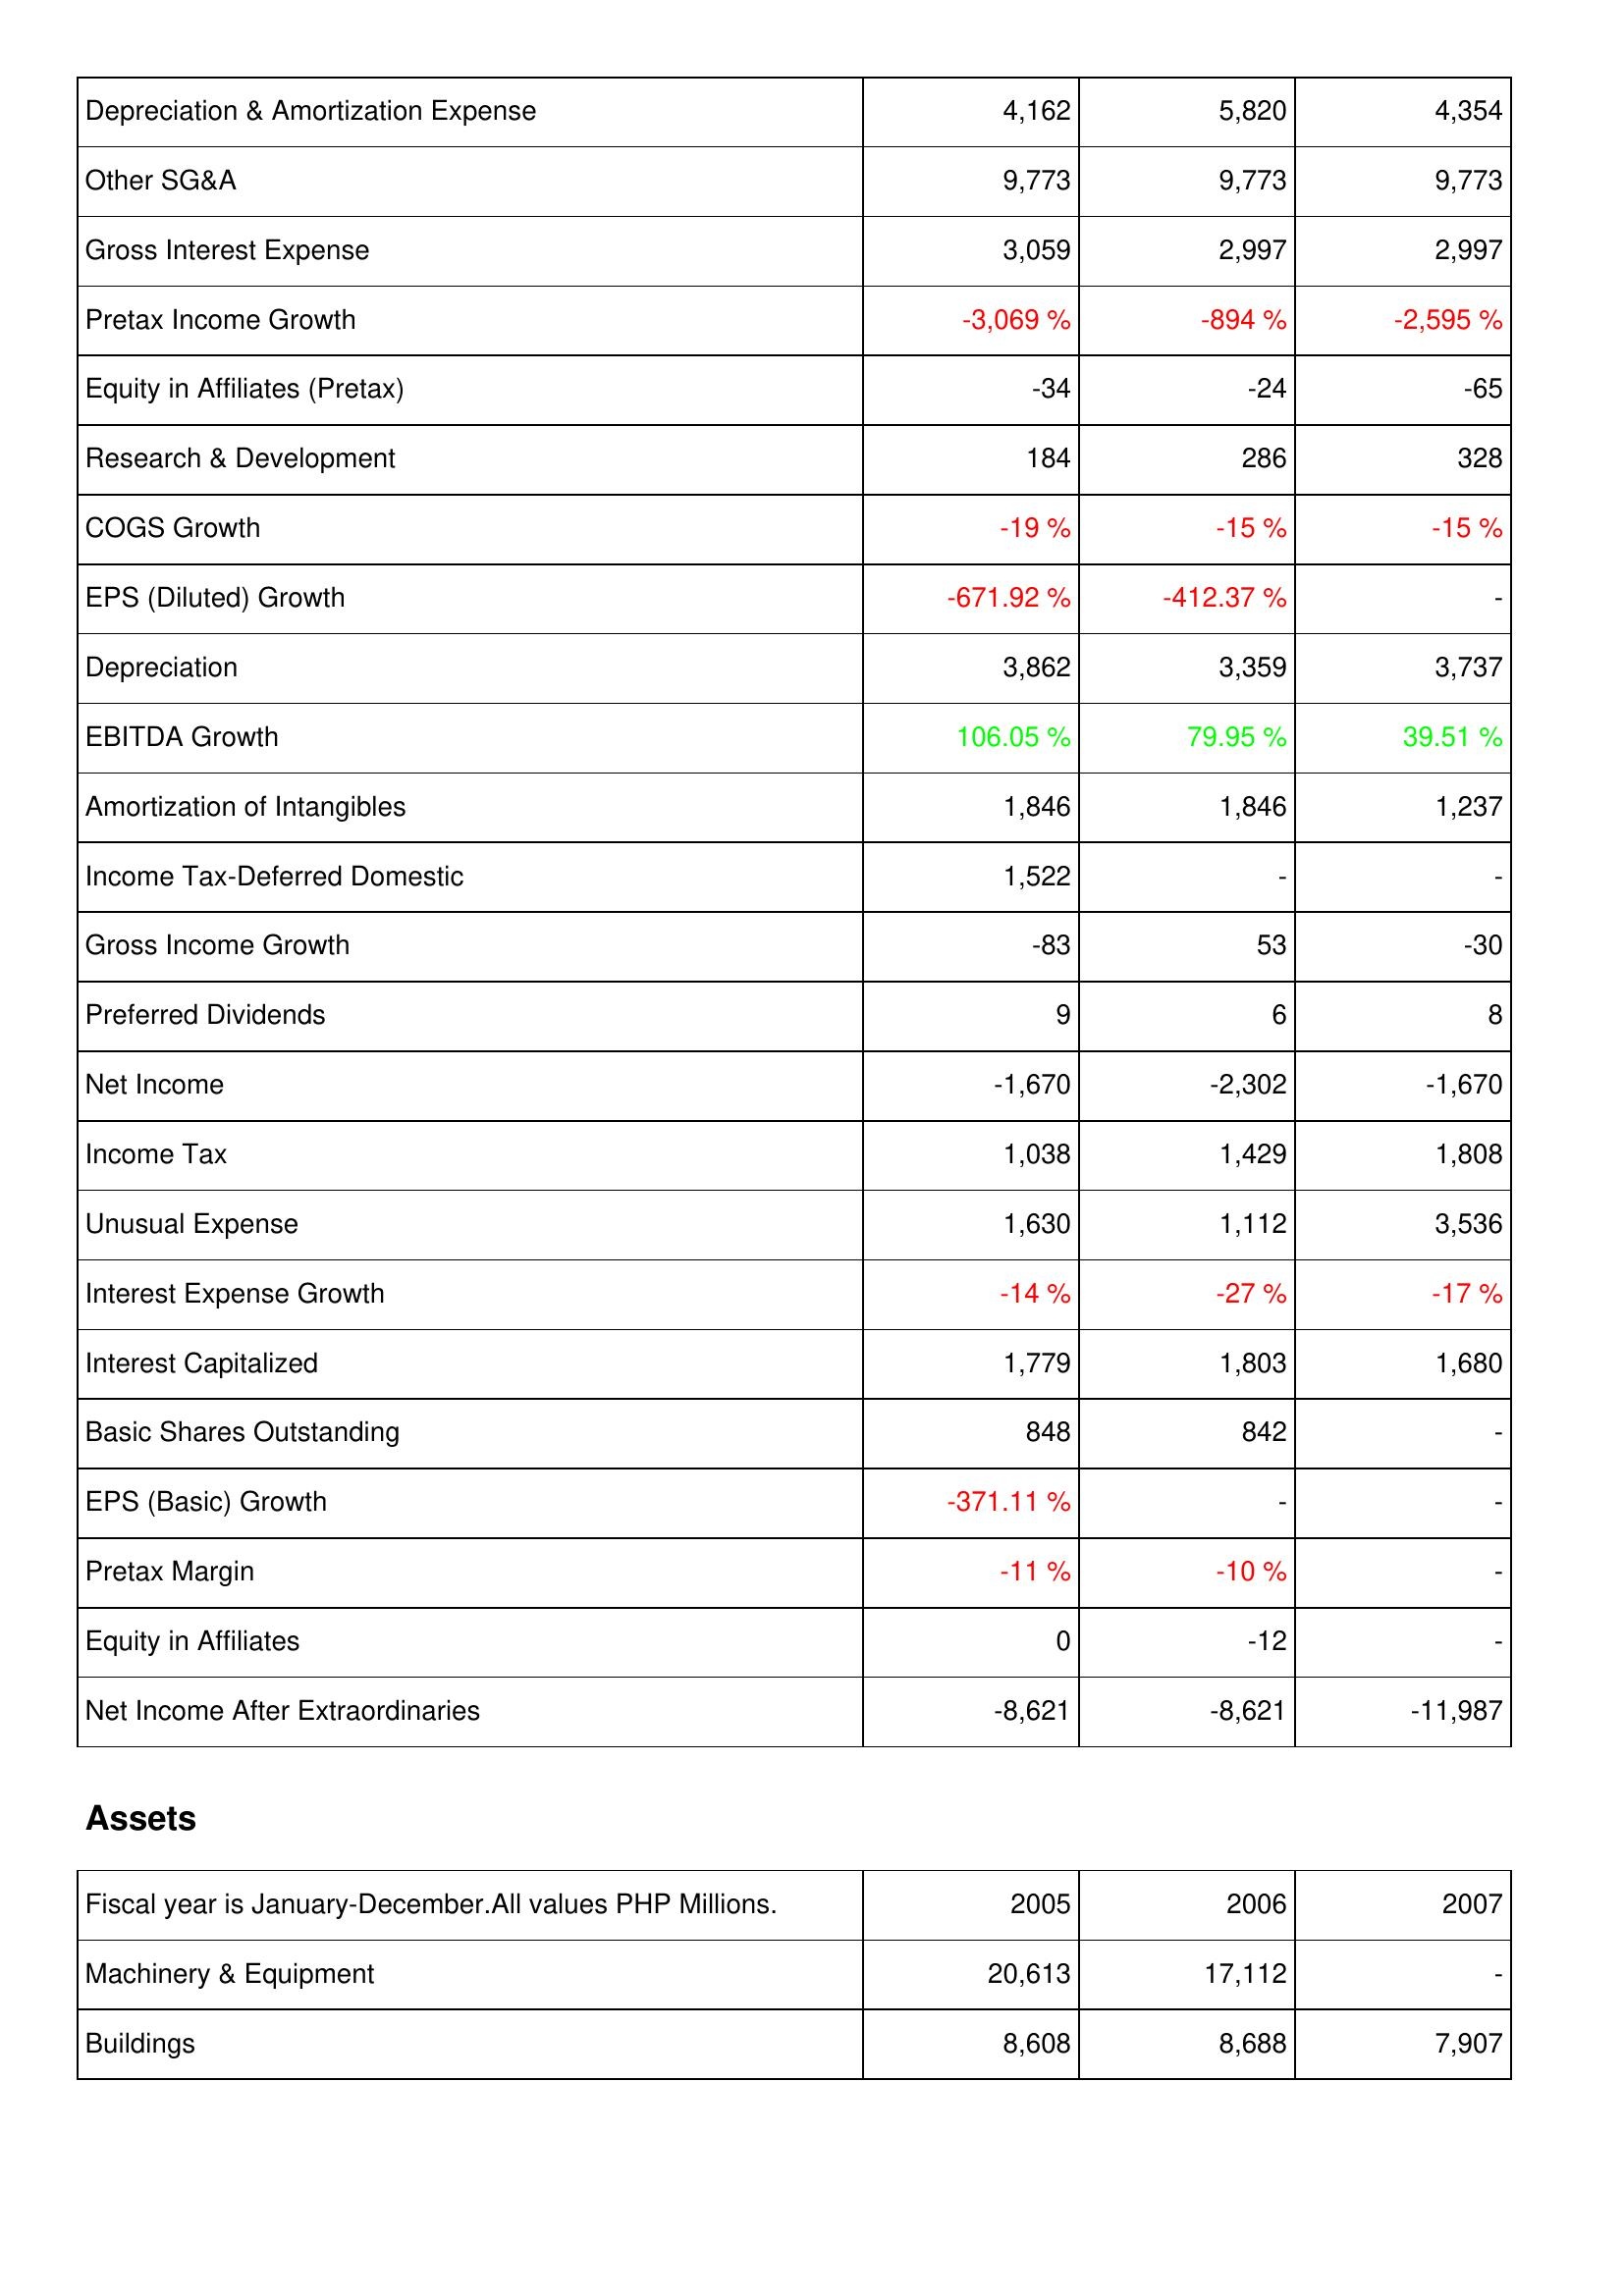
2005: Income Statement: Depreciation & Amortization Expense: 4,162
Other SG&A: 9,773
Gross Interest Expense: 3,059
Pretax Income Growth: -3,069 %
Equity in Affiliates (Pretax): -34
Research & Development: 184
COGS Growth: -19 %
EPS (Diluted) Growth: -671.92 %
Depreciation: 3,862
EBITDA Growth: 106.05 %
Amortization of Intangibles: 1,846
Income Tax-Deferred Domestic: 1,522
Gross Income Growth: -83
Preferred Dividends: 9
Net Income: -1,670
Income Tax: 1,038
Unusual Expense: 1,630
Interest Expense Growth: -14 %
Interest Capitalized: 1,779
Basic Shares Outstanding: 848
EPS (Basic) Growth: -371.11 %
Pretax Margin: -11 %
Equity in Affiliates: 0
Net Income After Extraordinaries: -8,621
Assets: Machinery & Equipment: 20,613
Buildings: 8,608
2006: Income Statement: Depreciation & Amortization Expense: 5,820
Other SG&A: 9,773
Gross Interest Expense: 2,997
Pretax Income Growth: -894 %
Equity in Affiliates (Pretax): -24
Research & Development: 286
COGS Growth: -15 %
EPS (Diluted) Growth: -412.37 %
Depreciation: 3,359
EBITDA Growth: 79.95 %
Amortization of Intangibles: 1,846
Income Tax-Deferred Domestic: -
Gross Income Growth: 53
Preferred Dividends: 6
Net Income: -2,302
Income Tax: 1,429
Unusual Expense: 1,112
Interest Expense Growth: -27 %
Interest Capitalized: 1,803
Basic Shares Outstanding: 842
EPS (Basic) Growth: -
Pretax Margin: -10 %
Equity in Affiliates: -12
Net Income After Extraordinaries: -8,621
Assets: Machinery & Equipment: 17,112
Buildings: 8,688
2007: Income Statement: Depreciation & Amortization Expense: 4,354
Other SG&A: 9,773
Gross Interest Expense: 2,997
Pretax Income Growth: -2,595 %
Equity in Affiliates (Pretax): -65
Research & Development: 328
COGS Growth: -15 %
EPS (Diluted) Growth: -
Depreciation: 3,737
EBITDA Growth: 39.51 %
Amortization of Intangibles: 1,237
Income Tax-Deferred Domestic: -
Gross Income Growth: -30
Preferred Dividends: 8
Net Income: -1,670
Income Tax: 1,808
Unusual Expense: 3,536
Interest Expense Growth: -17 %
Interest Capitalized: 1,680
Basic Shares Outstanding: -
EPS (Basic) Growth: -
Pretax Margin: -
Equity in Affiliates: -
Net Income After Extraordinaries: -11,987
Assets: Machinery & Equipment: -
Buildings: 7,907